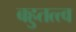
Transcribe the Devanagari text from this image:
बहुतत्त्व